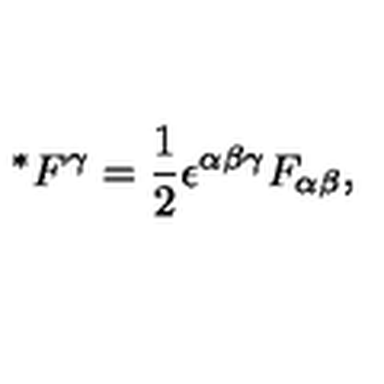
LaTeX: ^ * { F ^ { \gamma } } = \frac { 1 } { 2 } \epsilon ^ { \alpha \beta \gamma } F _ { \alpha \beta } ,